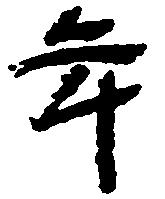
年